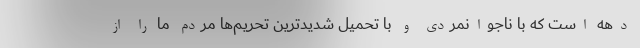
دهه است که با ناجوانمردی و با تحمیل شدیدترین تحریم‌ها مردم ما را از